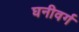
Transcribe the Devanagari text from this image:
घनीवर्ग